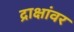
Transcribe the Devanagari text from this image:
द्राक्षांवर